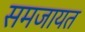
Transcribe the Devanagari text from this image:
समजायत